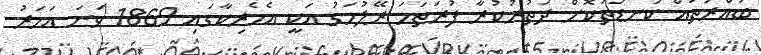
ބައްރުތައް ކަނޑަތުކޮށް ދަތުރުކުރާ ފުރަތަމަ ރޭލުމަގު އަކީ އެމެރިކާގައި 1869 ވަނަ އަހަރު